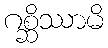
ဂစ္ဆိဿာမိ